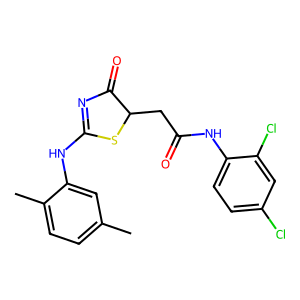
SMILES: Cc1ccc(C)c(NC2=NC(=O)C(CC(=O)Nc3ccc(Cl)cc3Cl)S2)c1
Inhibits HIV replication: No